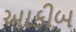
આકીબ